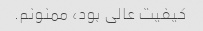
کیفیت عالی بود، ممنونم.